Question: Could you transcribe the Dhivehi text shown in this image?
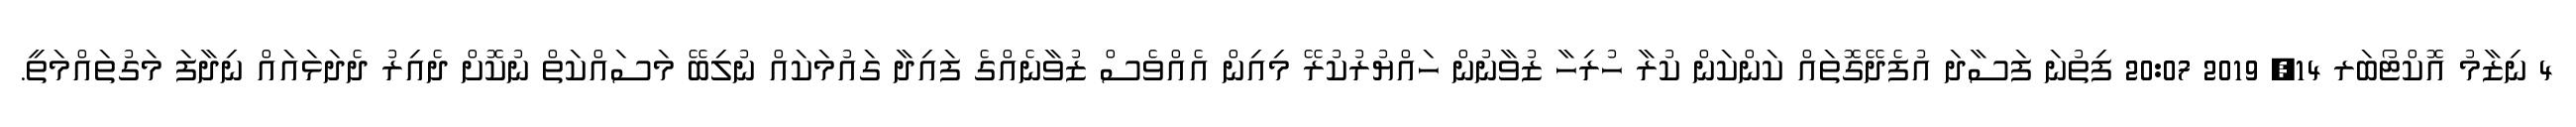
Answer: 4 ނިޒާމު އޮކްޓޯބަރ 14, 2019 20:07 ފިތުނަ ފަސާދަ އުފެދޭގޮތައް ކަންކަން ކުރާ ހުރިހާ ޒުވާނުން ހައްޔުރުކުރޭ މިއިން އެއްވެސް ޒުވާނެއްގެ ފައިދާ ގައުމަކައް ނުލިބޭ މަސައްކަތް ނުކޮށް ދެއިރު ދެދަޅައައް ނިދާފަ މަގުތައްމަތީ.